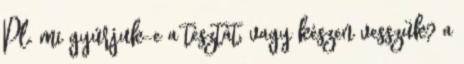
Pl. mi gyúrjuk-e a tésztát, vagy készen vesszük? a